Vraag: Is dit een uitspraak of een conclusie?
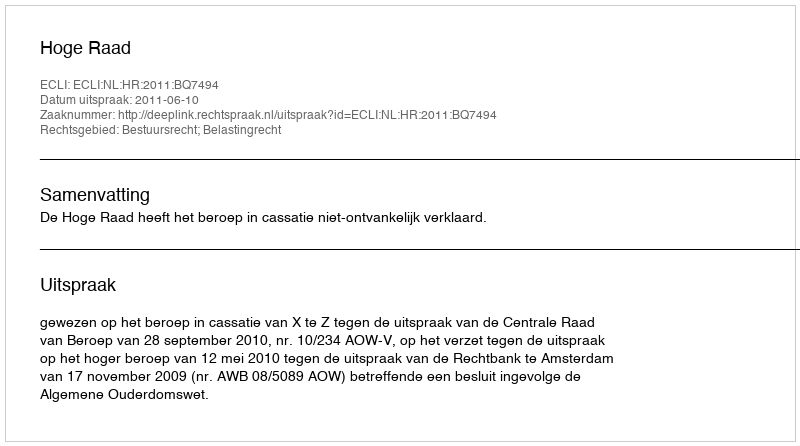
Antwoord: Uitspraak